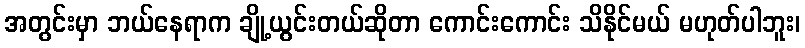
အတွင်းမှာ ဘယ်နေရာက ချို့ယွင်းတယ်ဆိုတာ ကောင်းကောင်း သိနိုင်မယ် မဟုတ်ပါဘူး၊